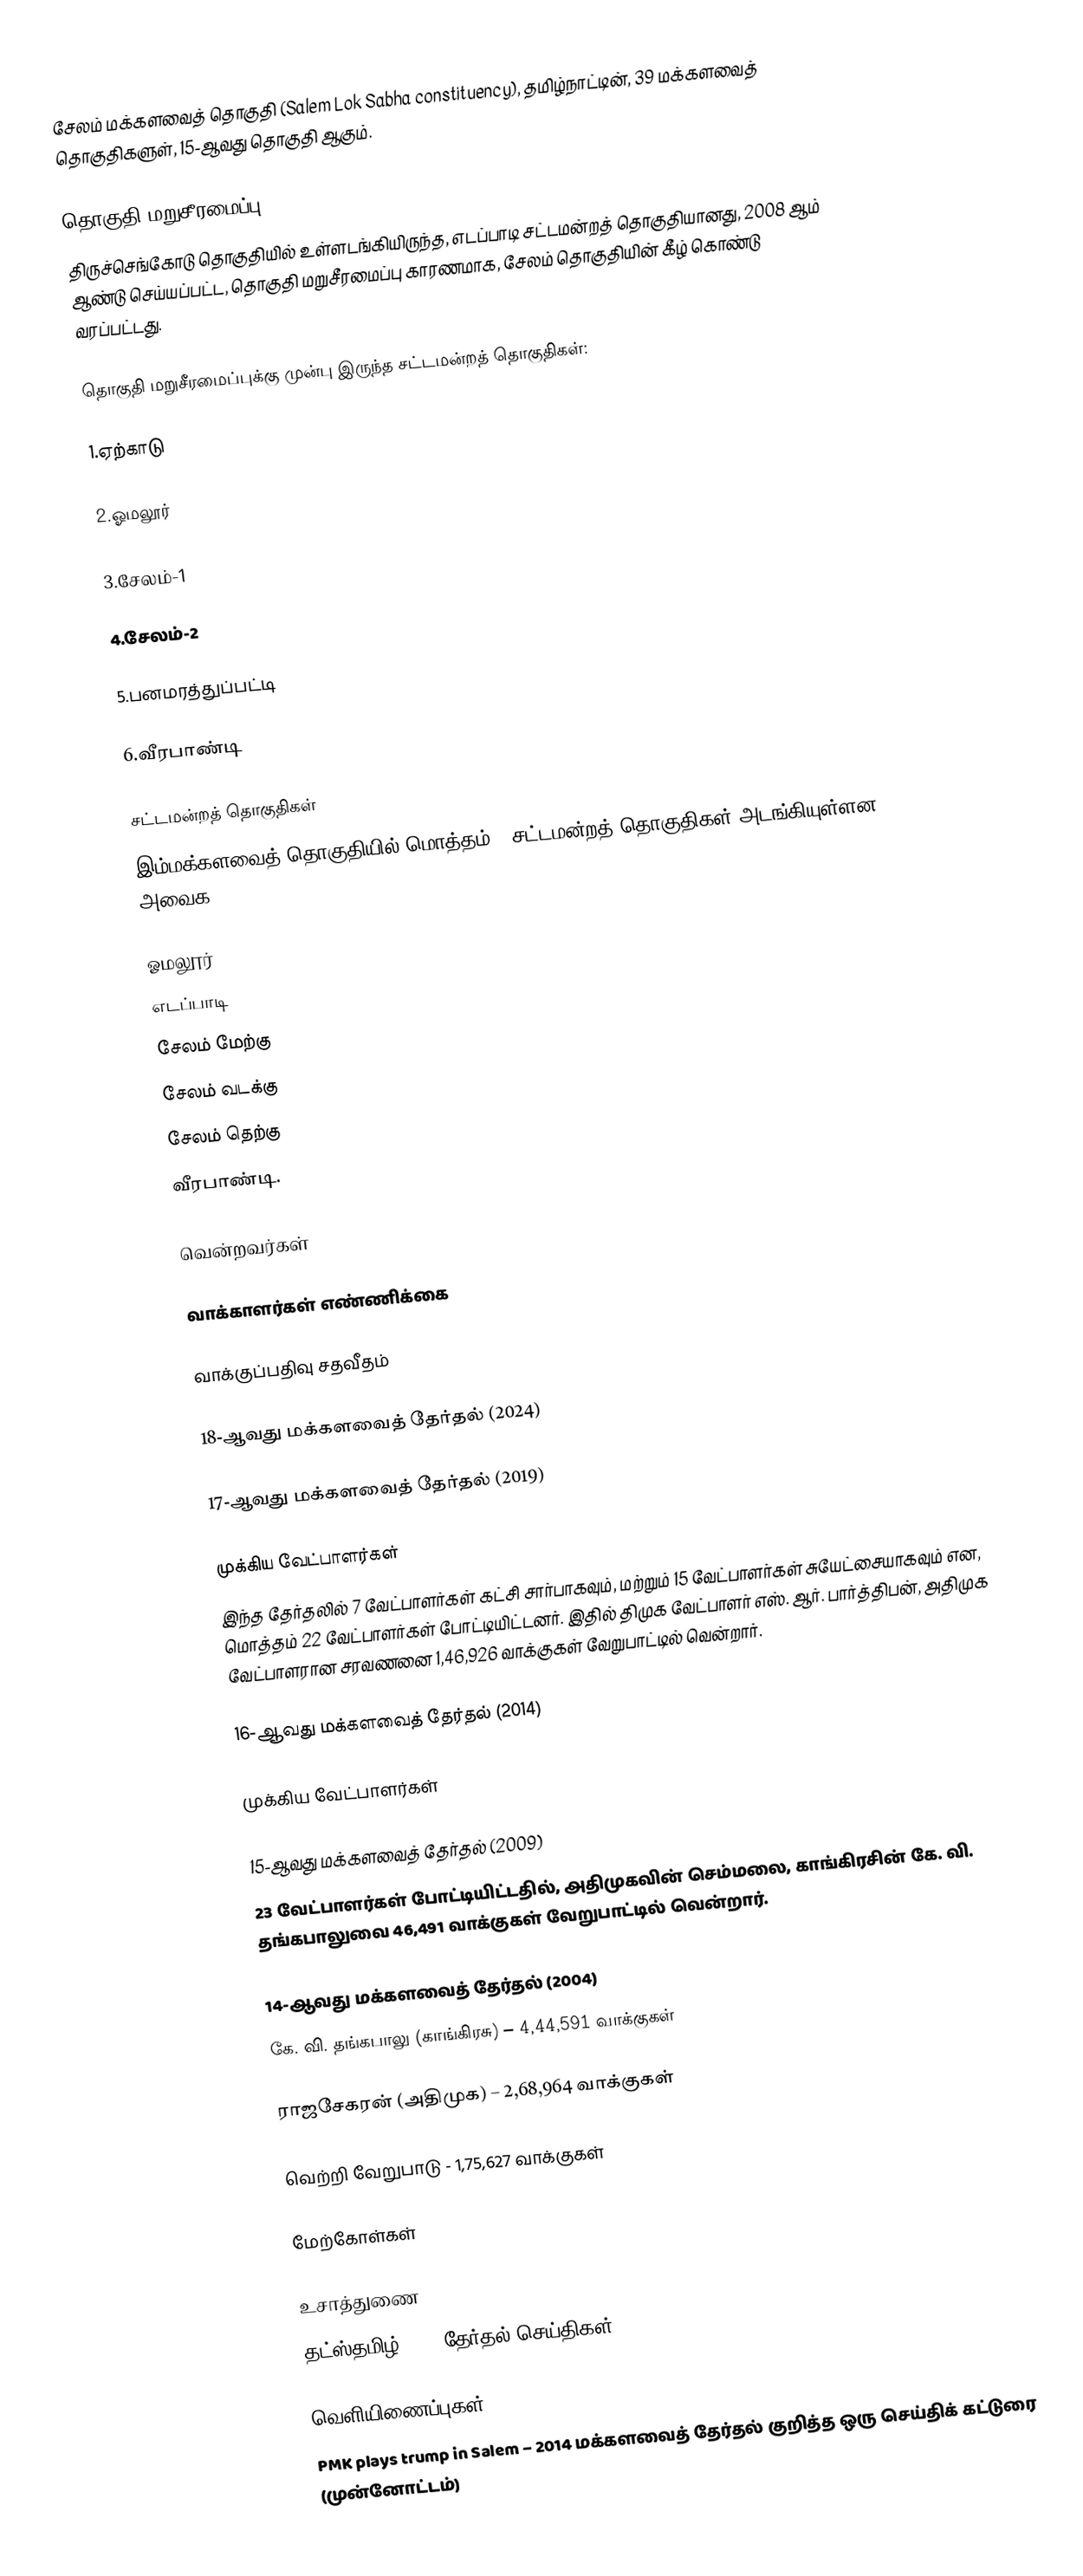
சேலம் மக்களவைத் தொகுதி (Salem Lok Sabha constituency), தமிழ்நாட்டின், 39 மக்களவைத் தொகுதிகளுள், 15-ஆவது தொகுதி ஆகும்.

தொகுதி மறுசீரமைப்பு
திருச்செங்கோடு தொகுதியில் உள்ளடங்கியிருந்த, எடப்பாடி சட்டமன்றத் தொகுதியானது, 2008 ஆம் ஆண்டு செய்யப்பட்ட, தொகுதி மறுசீரமைப்பு காரணமாக, சேலம் தொகுதியின் கீழ் கொண்டு வரப்பட்டது.

தொகுதி மறுசீரமைப்புக்கு முன்பு இருந்த சட்டமன்றத் தொகுதிகள்:

1.ஏற்காடு

2.ஓமலூர்

3.சேலம்-1

4.சேலம்-2

5.பனமரத்துப்பட்டி

6.வீரபாண்டி

சட்டமன்றத் தொகுதிகள்
இம்மக்களவைத் தொகுதியில் மொத்தம் 6 சட்டமன்றத் தொகுதிகள் அடங்கியுள்ளன. அவைக:

 ஓமலூர்
 எடப்பாடி
 சேலம் மேற்கு
 சேலம் வடக்கு
 சேலம் தெற்கு
 வீரபாண்டி.

வென்றவர்கள்

வாக்காளர்கள் எண்ணிக்கை

வாக்குப்பதிவு சதவீதம்

18-ஆவது மக்களவைத் தேர்தல் (2024)

17-ஆவது மக்களவைத் தேர்தல் (2019)

முக்கிய வேட்பாளர்கள்
இந்த தேர்தலில் 7 வேட்பாளர்கள் கட்சி சார்பாகவும், மற்றும் 15 வேட்பாளர்கள் சுயேட்சையாகவும் என, மொத்தம் 22 வேட்பாளர்கள் போட்டியிட்டனர். இதில் திமுக வேட்பாளர் எஸ். ஆர். பார்த்திபன், அதிமுக வேட்பாளரான சரவணனை 1,46,926 வாக்குகள் வேறுபாட்டில் வென்றார்.

16-ஆவது மக்களவைத் தேர்தல் (2014)

முக்கிய வேட்பாளர்கள்

15-ஆவது மக்களவைத் தேர்தல் (2009)
23 வேட்பாளர்கள் போட்டியிட்டதில், அதிமுகவின் செம்மலை, காங்கிரசின் கே. வி. தங்கபாலுவை 46,491 வாக்குகள் வேறுபாட்டில் வென்றார்.

14-ஆவது மக்களவைத் தேர்தல் (2004)
கே. வி. தங்கபாலு (காங்கிரசு) – 4,44,591 வாக்குகள்

ராஜசேகரன் (அதிமுக) – 2,68,964 வாக்குகள்

வெற்றி வேறுபாடு - 1,75,627 வாக்குகள்

மேற்கோள்கள்

உசாத்துணை
 தட்ஸ்தமிழ் 2009 தேர்தல் செய்திகள்

வெளியிணைப்புகள்
 PMK plays trump in Salem – 2014 மக்களவைத் தேர்தல் குறித்த ஒரு செய்திக் கட்டுரை (முன்னோட்டம்)